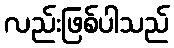
လည်းဖြစ်ပါသည်